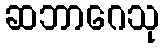
ဆဘာဂေသု